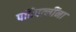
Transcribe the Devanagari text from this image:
पतिपत्‍नींना